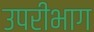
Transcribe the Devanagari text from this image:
उपरीभाग